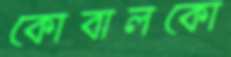
কোবালকো